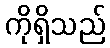
ကိုရှိသည်